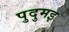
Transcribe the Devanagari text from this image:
पुदुमइ